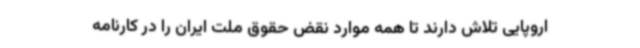
اروپایی تلاش دارند تا همه موارد نقض حقوق ملت ایران را در کارنامه